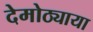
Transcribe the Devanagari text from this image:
देमोठ्याया